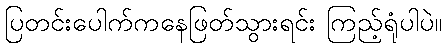
ပြတင်းပေါက်ကနေဖြတ်သွားရင်း ကြည့်ရုံပါပဲ။